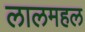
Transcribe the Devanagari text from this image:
लालमहल